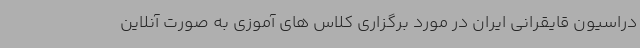
دراسیون قایقرانی ایران در مورد برگزاری کلاس های آموزی به صورت آنلاین